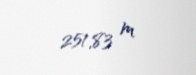
251,83 m